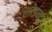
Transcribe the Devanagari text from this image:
शोडन